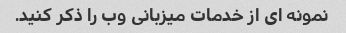
نمونه ای از خدمات میزبانی وب را ذکر کنید.